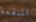
المنفعة